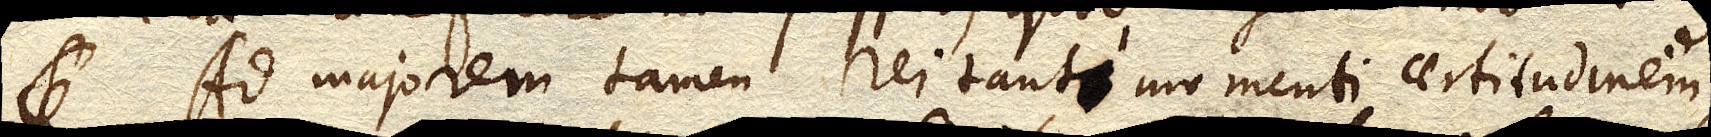
Ad majorem tamen rei tanti momenti certitudinem,